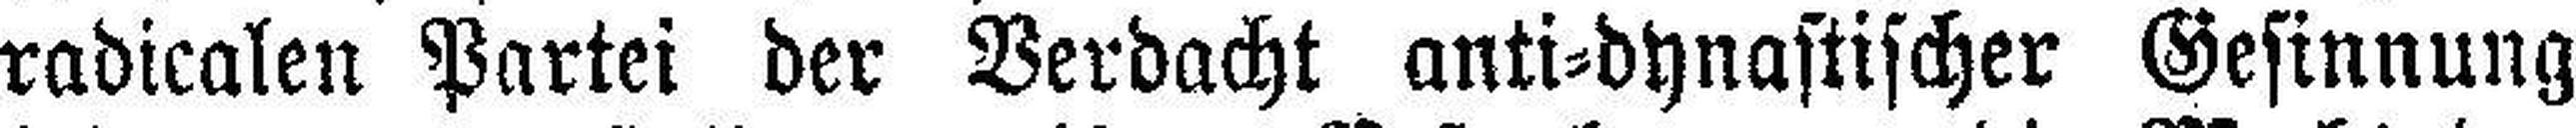
radicalen Partei der Verdacht anti=dynastischer Gesinnung